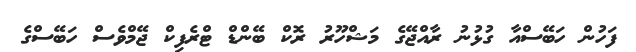
ފަހުން ހަބޭސްއާ ގުޅުނު ރާއްޖޭގެ މަޝްހޫރު ރޮކް ބޭންޑް ޓްރެފިކް ޖޭމްވެސް ހަބޭސްގެ